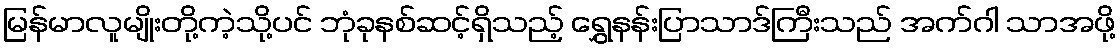
မြန်မာလူမျိုးတို့ကဲ့သို့ပင် ဘုံခုနစ်ဆင့်ရှိသည့် ရွှေနန်းပြာသာဒ်ကြီးသည် အက်ဂါ သာအဖို့